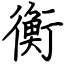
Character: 衡